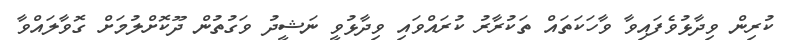
ކުރިން ވިދާޅުވެފައިވާ ވާހަކަތައް ތަކުރާރު ކުރައްވައި ވިދާޅުވީ ނަޝީދު ވަގުތުން ދޫކޮށްލުމަށް ގޮވާލައްވާ